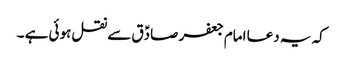
کہ یہ دعا امام جعفر صادؑق سے نقل ہوئی ہے ۔